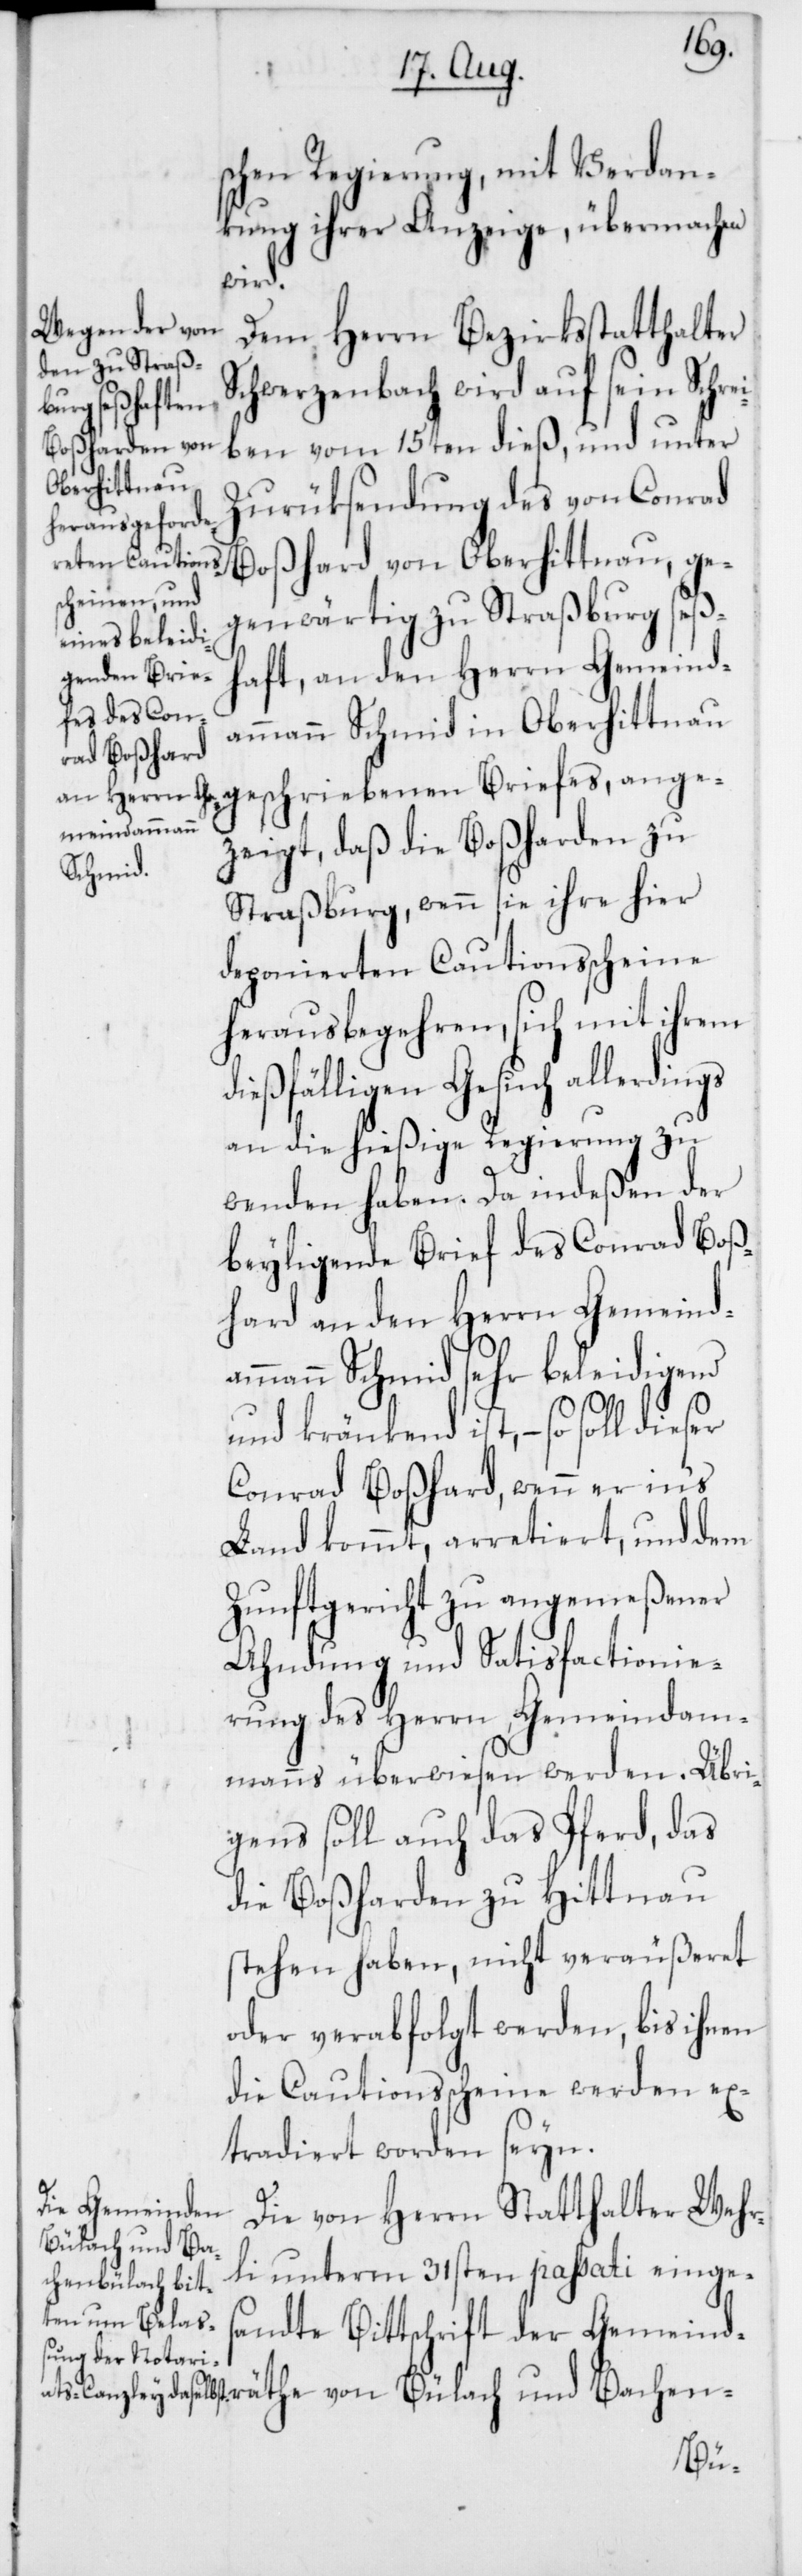
schen Regierung mit Verdan¬
kung ihrer Anzeige, übermachen
räthe
Dem Herrn Bezirksstatthalter
Schwerzenbach wird auf sein Schre¬
iben vom 15ten dieß, und unter
Zurüksendung des von Conrad
Boßhard von Oberhittnau, ge¬
genwärtig zu Straßburg seß¬
haft, an den Herrn Gemeind¬
ammann Schmid in Oberhittnau
geschriebenen Briefes, ange¬
zeigt, daß die Boßharden zu
chen-
Straßburg, wenn sie ihre hier
deponierten Cautionsscheine
herausbegehren, sich mit ihrem
dießfälligen Gesuch allerdings
an die hießige Regierung zu
wenden haben. Da indeßen der
beyligende Brief des Conrad Boß¬
hard an den Herrn Gemeind¬
ammann Schmid sehr beleidigend
und kränkend ist, – so soll dieser
Conrad Boßhard, wenn er in‘s
Land kommt, arretiert, und dem
Zunftgericht zu angemeßener
Ahndung und Satisfactionie¬
rung des Herrn Gemeindam¬
manns überwiesen werden. Übri¬
gens soll auch das Pferd, das
die Boßharden zu Hittnau
stehen haben, nicht veräußeret
oder verabfolgt werden, bis ihnen
die Cautionsscheine werden ex¬
tradiert worden seyn.
Die von Herrn Statthalter Wehr¬
Bülach und Ba¬
li unterm 31sten passati einge¬
sandte Bittschrift der Gemeind¬